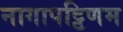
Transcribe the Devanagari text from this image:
नागापट्टिणम